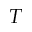
T